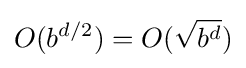
O(b^{d/2})=O({\sqrt {b^{d}}})